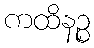
ကထိနဉ္စ